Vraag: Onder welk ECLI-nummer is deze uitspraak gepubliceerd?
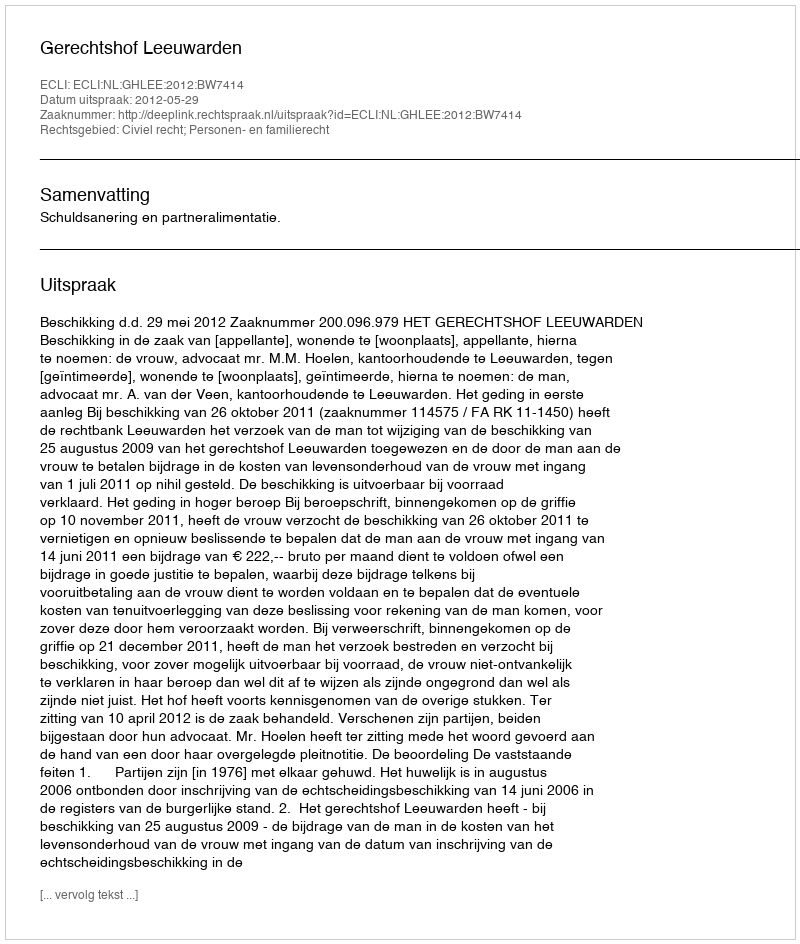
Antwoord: ECLI:NL:GHLEE:2012:BW7414